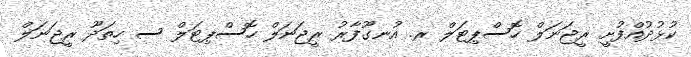
ކުޅުދުއްފުށީ ރީޖަނަލް ހޮސްޕިޓަލް ރ. އުނގޫފާރު ރީޖަނަލް ހޮސްޕިޓަލް ސ ހިތަދޫ ރީޖަނަލް